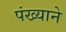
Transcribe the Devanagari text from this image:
पंख्याने